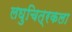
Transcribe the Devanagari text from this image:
लघुचित्रकला